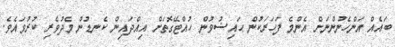
ބައެއް އަންހެނުންނަށް އެންމެ ފަހަރަކުން ޙައިޟުވުން ހުއްޓޭގޮތަށް އިއްދައިން ކެނޑުން މެދުވެރި ކުރުވައެވެ.